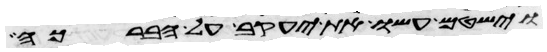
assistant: וישטם עשו את יעקב על הברכה